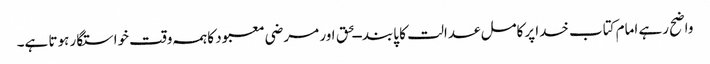
واضح رہے امام کتاب خدا پرکامل عدالت کا پابند ــحق اور مرضی معبود کاہمہ وقت خواستگار ہوتا ہے۔